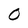
Character: 0